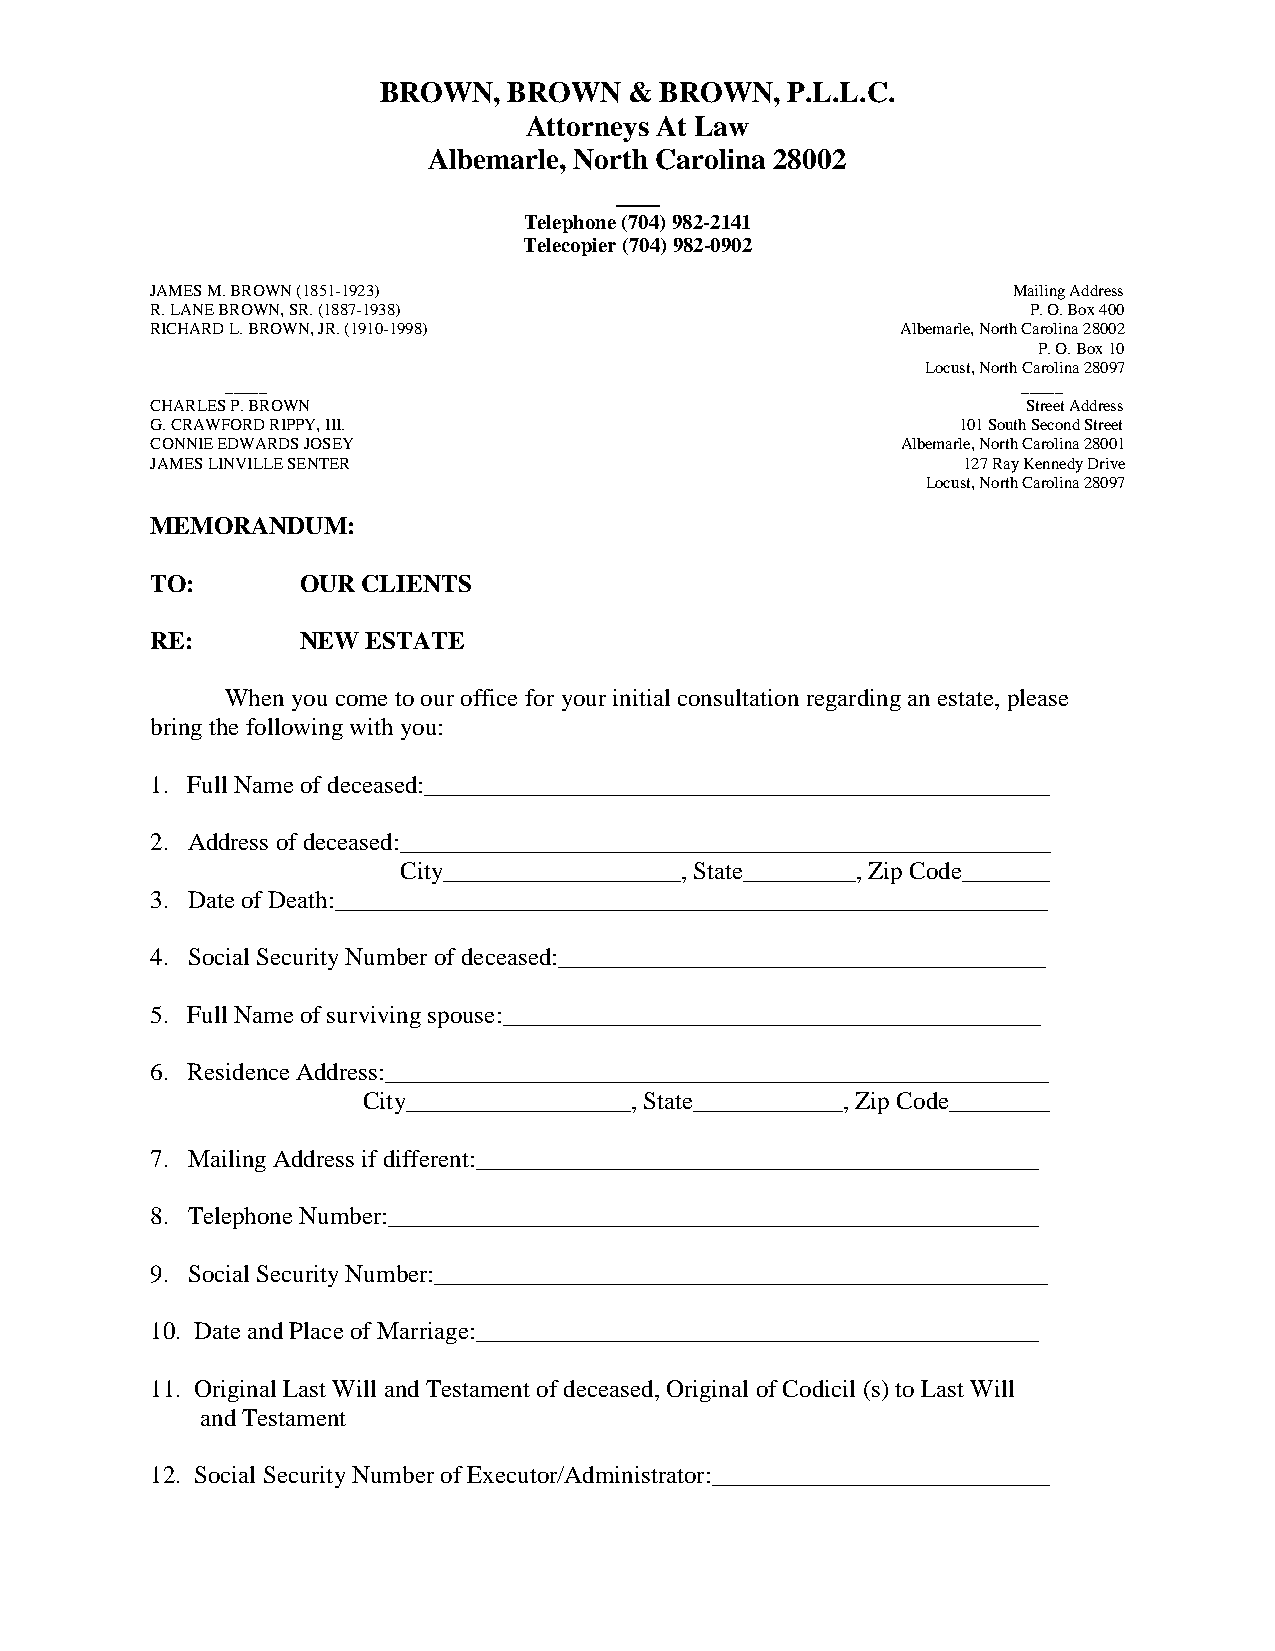
BROWN,   BROWN   & BROWN,  P.L.L.C.
 Attorneys At Law
 Albemarle, North Carolina 28002
 ___
 Telephone (704) 982-2141
 Telecopier (704) 982-0902
 JAMES M. BROWN (1851-1923)                               Mailing Address
 R. LANE BROWN, SR. (1887-1938)                            P. O. Box 400
 RICHARD L. BROWN, JR. (1910-1998)                 Albemarle, North Carolina 28002
 P. O. Box 10
 Locust, North Carolina 28097
 _____                                                _____
 CHARLES P. BROWN                                          Street Address
 G. CRAWFORD RIPPY, III.                              101 South Second Street
 CONNIE EDWARDS JOSEY                              Albemarle, North Carolina 28001
 JAMES LINVILLE SENTER                                 127 Ray Kennedy Drive
 Locust, North Carolina 28097
 MEMORANDUM:
 TO:       OUR CLIENTS
 RE:       NEW ESTATE
 When you come to our office for your initial consultation regarding an estate, please
 bring the following with you:
 1. Full Name of deceased:__________________________________________________
 2. Address of deceased:____________________________________________________
 City___________________, State_________, Zip Code_______
 3. Date of Death:_________________________________________________________
 4. Social Security Number of deceased:_______________________________________
 5. Full Name of surviving spouse:___________________________________________
 6. Residence Address:_____________________________________________________
 City__________________, State____________, Zip Code________
 7. Mailing Address if different:_____________________________________________
 8. Telephone Number:____________________________________________________
 9. Social Security Number:_________________________________________________
 10. Date and Place of Marriage:_____________________________________________
 11. Original Last Will and Testament of deceased, Original of Codicil (s) to Last Will
 and Testament
 12. Social Security Number of Executor/Administrator:___________________________